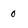
Character: 0